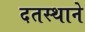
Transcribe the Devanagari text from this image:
दतस्थाने